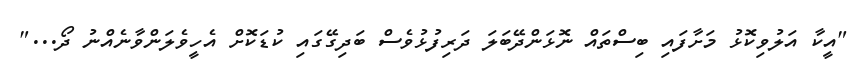
"އީކާ އަލުވިކޮޅު މަށާފައި ބިސްތައް ނޮޅަންދޭބަލަ ދަރިފުޅުވެސް ބަދިގޭގައި ކުޑަކޮށް އެހީވެލަންވާނެއްނު ދޯ..."